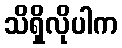
သိရှိလိုပါက